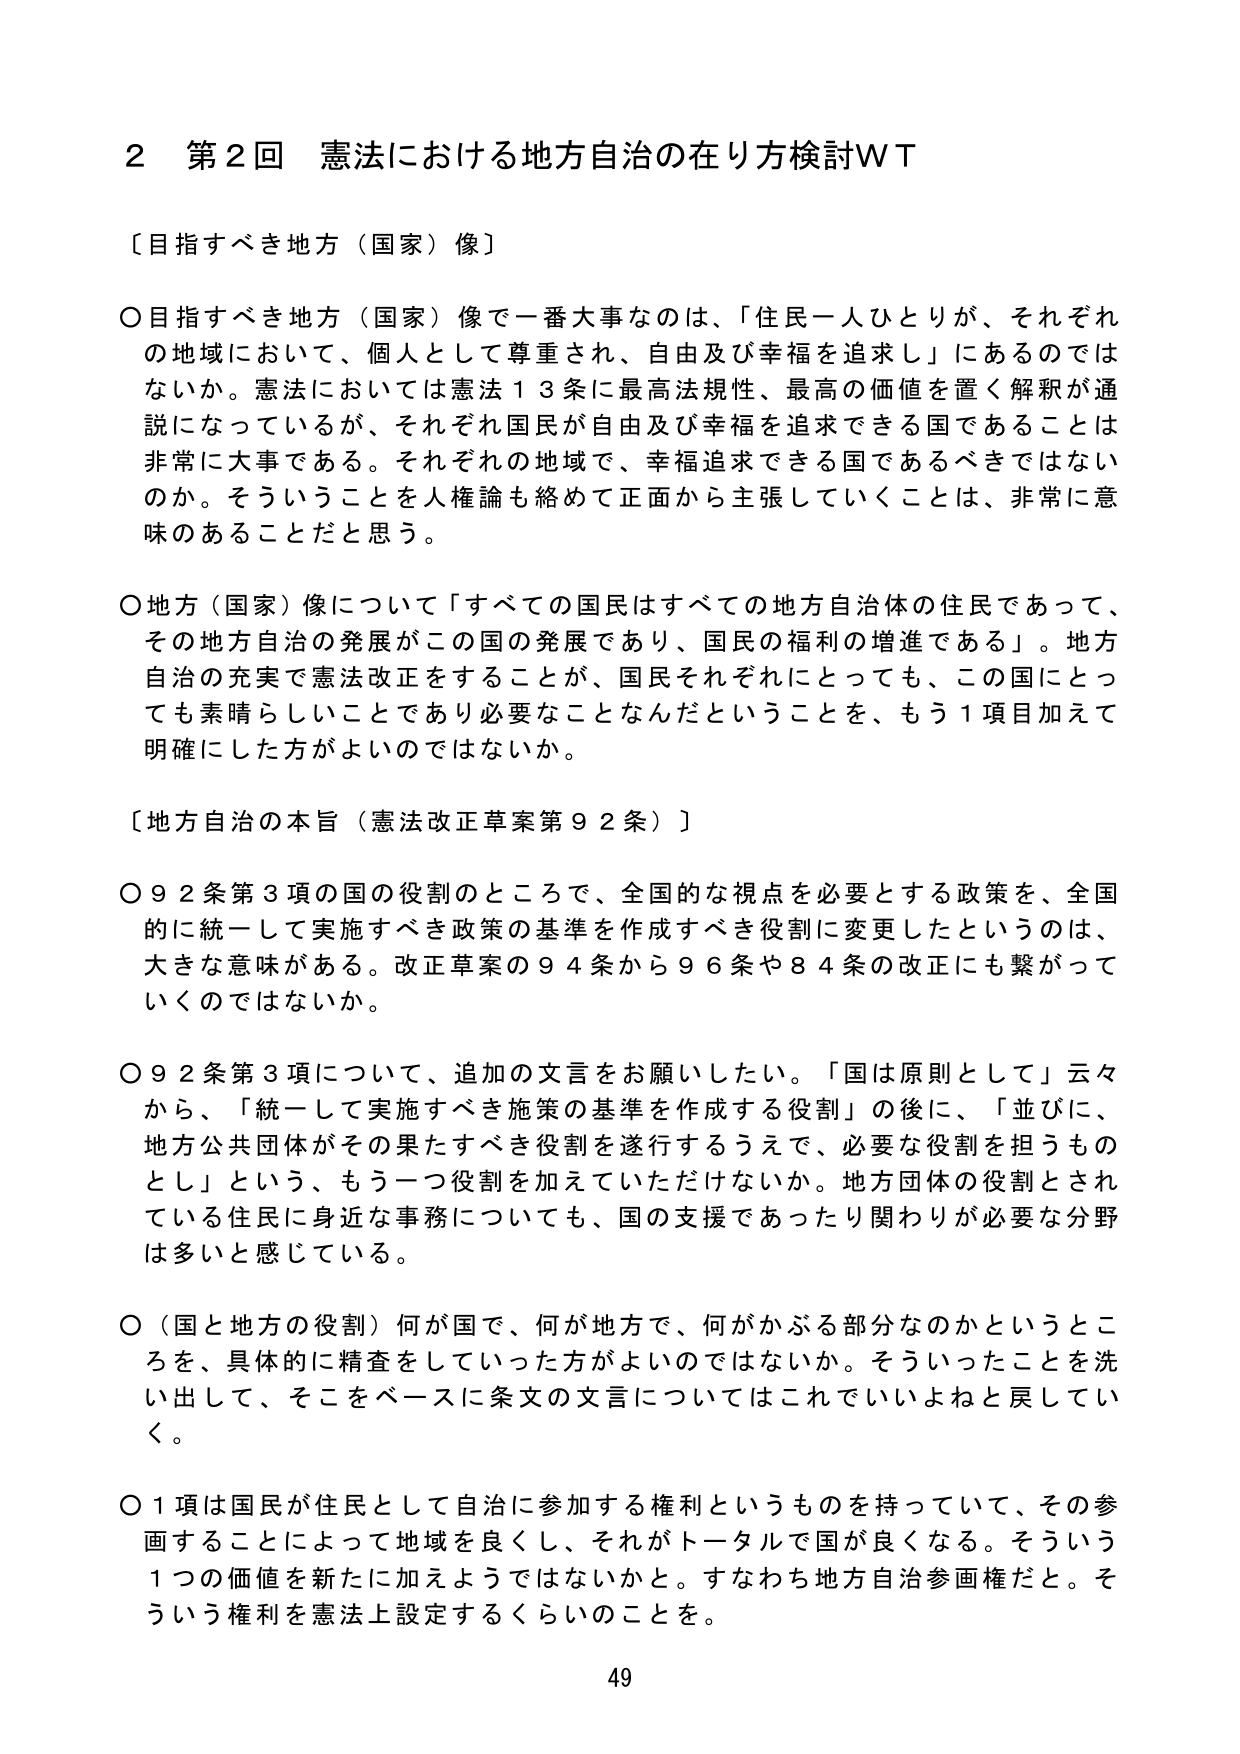
2 第2回 憲法における地方自治の在り方検討WT

〔目指すべき地方（国家）像〕

〇目指すべき地方（国家）像で一番大事なのは、「住民一人ひとりが、それぞれの地域において、個人として尊重され、自由及び幸福を追求し」にあるのではないか。憲法においては憲法13条に最高法規性、最高の価値を置く解釈が通説になっているが、それぞれ国民が自由及び幸福を追求できる国であることは非常に大事である。それぞれの地域で、幸福追求できる国であるべきではないのか。そういうことを人権論も絡めて正面から主張していくことは、非常に意味のあることだと思う。

〇地方（国家）像について「すべての国民はすべての地方自治体の住民であって、その地方自治の発展がこの国の発展であり、国民の福利の増進である」。地方自治の充実で憲法改正をすること、国民それぞれにとっても、この国にとっても素晴らしいことであり必要なことなんだとということを、もう1項目加えて明確にした方がよいのではないか。

〔地方自治の本旨（憲法改正草案第92条）〕

〇92条第3項の国の役割のところで、全国的な視点を必要とする政策を、全国的に統一して実施すべき政策の基準を作成すべき役割に変更したというのは、大きな意味がある。改正草案の94条から96条や84条の改正にも繋がっていくのではないか。

〇92条第3項について、追加の文言をお願いしたい。「国は原則として」云々から、「統一して実施すべき施策の基準を作成する役割」の後に、「並びに、地方公共団体がその果たすべき役割を遂行するうえで、必要な役割を担うものとし」という、もう一つ役割を加えていただけないか。地方団体の役割とされている住民に身近な事務についても、国の支援であったり関わりが必要な分野は多いと感じている。

〇（国と地方の役割）何が国で、何が地方で、何がかぶる部分なのかということを、具体的に精査をしていった方がよいのではないか。そういったことを洗い出して、そこをベースに条文の文言についてはこれでいいよねと戻していく。

〇1項は国民が住民として自治に参加する権利というものを持っていて、その参画することによって地域を良くし、それがトータルで国が良くなる。そういう1つの価値を新たに加えようではないかと。すなわち地方自治参画権だと。そういう権利を憲法上設定するくらいのことを。

49